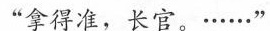
“拿得准，长官。......”